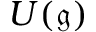
U ( { \mathfrak { g } } )